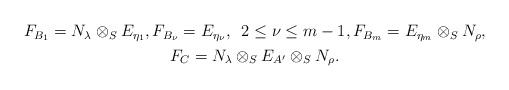
LaTeX: \begin{align*}\begin{gathered}F_{B_1} = N_\lambda\otimes_S E_{\eta_1}, F_{B_\nu}=E_{\eta_\nu}, \,\,\, 2\leq\nu\leq m-1, F_{B_m} = E_{\eta_m}\otimes_S N_\rho,\\F_C = N_\lambda\otimes_S E_{A'}\otimes_S N_\rho. \end{gathered} \end{align*}